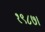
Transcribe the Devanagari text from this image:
१९८७।